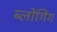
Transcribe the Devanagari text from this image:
ब्लोंगिंग